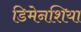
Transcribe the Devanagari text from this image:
डिमेनशिया